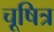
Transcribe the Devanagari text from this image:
चूषित्र